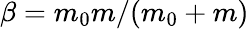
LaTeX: \beta=m_{0}m/(m_{0}+m)